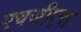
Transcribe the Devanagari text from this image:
एचजीएस